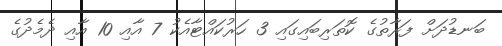
ބަނޑުދަށް ފަރާތުގެ ކޮތަރިބައިގައި 3 ހަރުކައްޓާއެކު 7 އާއި 10 އާއި ދެމެދުގެ